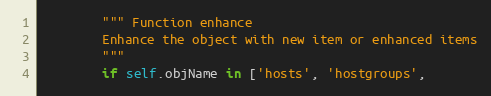
Language: Python
        """ Function enhance
        Enhance the object with new item or enhanced items
        """
        if self.objName in ['hosts', 'hostgroups',